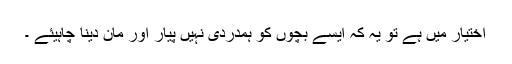
اختیار میں ہے تو یہ کہ ایسے بچوں کو ہمدردی نہیں پیار اور مان دینا چاہیئے ۔